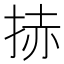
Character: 捇